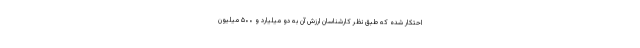
احتکار شده که طبق نظر کارشناسان ارزش آن به دو میلیارد و ۵۰۰ میلیون